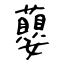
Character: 蘡